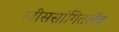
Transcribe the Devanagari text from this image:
स्त्रीससांगितलेंव